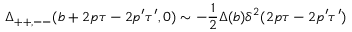
\Delta _ { + + , -- } ( b + 2 p \tau - 2 p ^ { \prime } \tau ^ { \prime } , 0 ) \sim - \frac { 1 } { 2 } \Delta ( b ) \delta ^ { 2 } ( 2 p \tau - 2 p ^ { \prime } \tau ^ { \prime } )